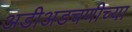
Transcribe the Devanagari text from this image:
अडीअडचणीच्या